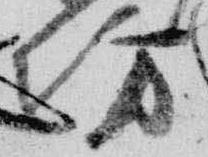
坊